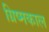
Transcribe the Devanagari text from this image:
ग्रिष्मकाल